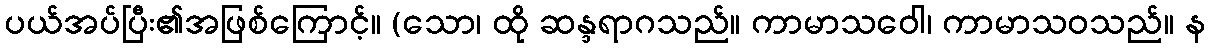
ပယ်အပ်ပြီး၏အဖြစ်ကြောင့်။ (သော၊ ထို ဆန္ဒရာဂသည်။ ကာမာသဝေါ၊ ကာမာသဝသည်။ န